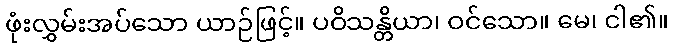
ဖုံးလွှမ်းအပ်သော ယာဉ်ဖြင့်။ ပဝိသန္တိယာ၊ ဝင်သော။ မေ၊ ငါ၏။